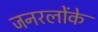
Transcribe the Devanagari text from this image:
जनरलोंके